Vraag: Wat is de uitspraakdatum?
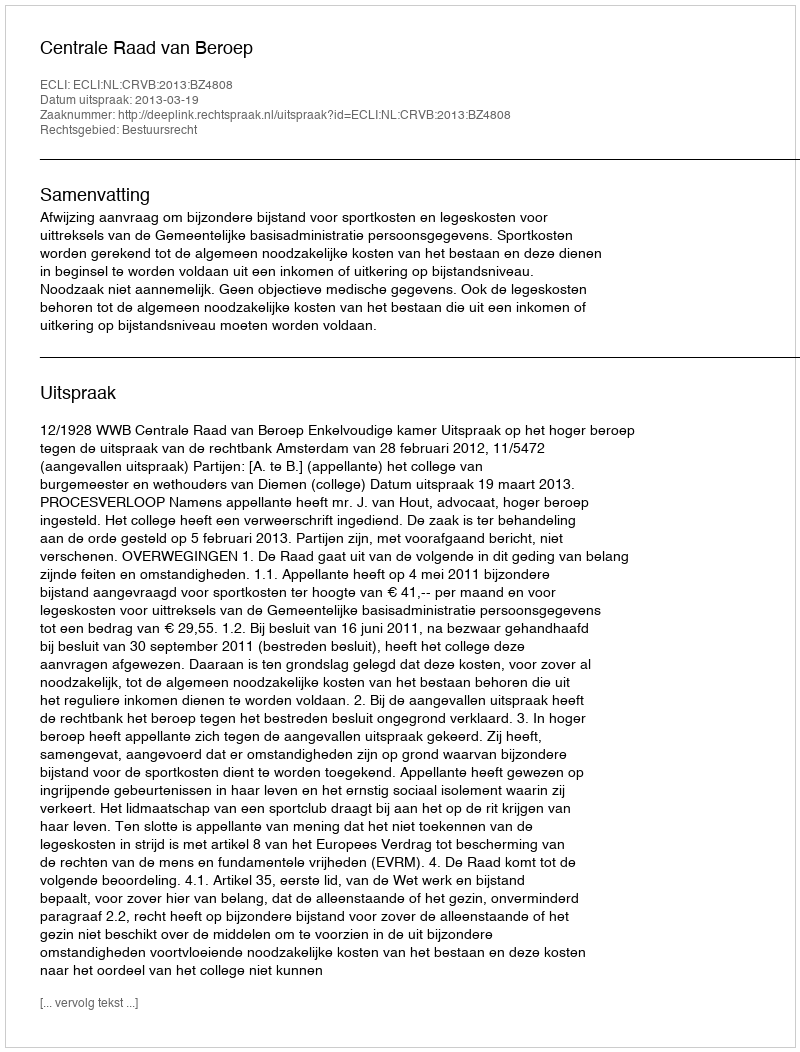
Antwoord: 2013-03-19